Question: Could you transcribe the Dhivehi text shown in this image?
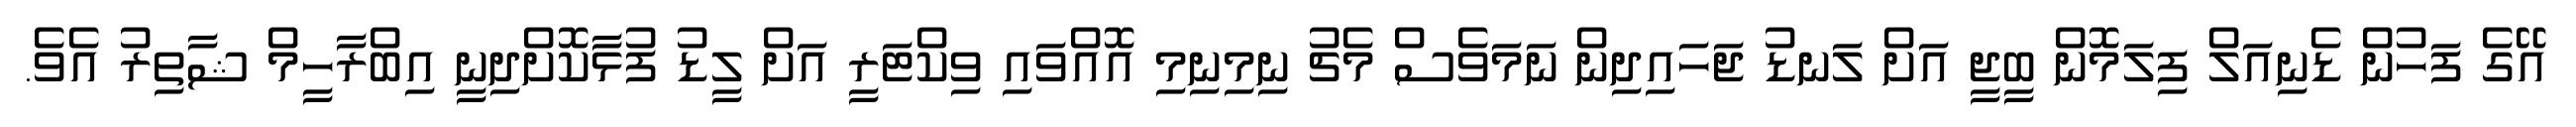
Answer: އޭގެ ފަހުން ޑެނިއަލް ފިލަމޮން ބީޖީ އަށް ލަނޑު ޖަހައިދިން ނަމަވެސް މެޗު ނިމިނިމި އޮއްވައި ވިކްޓަރީ އަށް ލީޑު ފުޅާކޮށްދިނީ އިބްރާހީމް ޝާތިރު އެވެ.